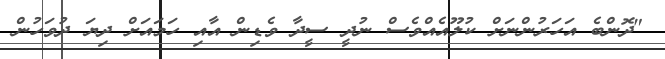
"ދޮންބެ އަހަރުންނަށް ކުލޫއެއްވެސް ނުދީ ސީދާ ވެޑިން އާއި ހަމައަށް ދިޔަ ދުވަހުން